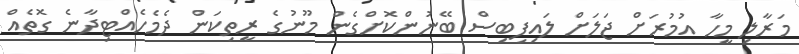
މަރާލި މީހާ އުމުރަށް ޖަލަށް ލައިފިބިސް ބޭނުންކޮށްގެން މޫނުގެ ރީތިކަން ދެމެހެއްޓިދާނެ ގޮތެއް